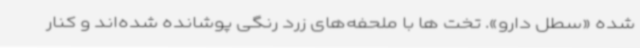
شده «سطل دارو». تخت ها با ملحفه‌های زرد رنگی پوشانده شده‌اند و کنار